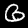
Label: 6